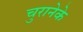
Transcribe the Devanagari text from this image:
चुरानेके